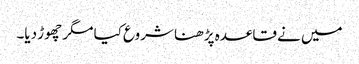
میں نے قاعدہ پڑھنا شروع کیا مگر چھوڑ دیا۔